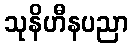
သုနိဟီနပညာ